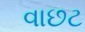
વાછટ